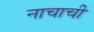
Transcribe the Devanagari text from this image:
नाचाची